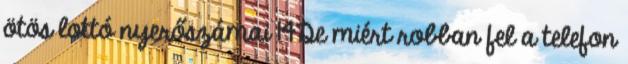
ötös lottó nyerőszámai 14De miért robban fel a telefon